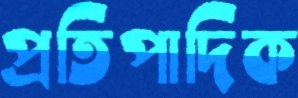
প্রতিপাদিক